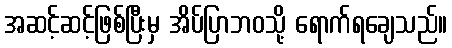
အဆင့်ဆင့်ဖြစ်ပြီးမှ အိပ်ပြာဘဝသို့ ရောက်ရချေသည်။